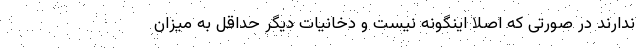
ندارند در صورتی که اصلا اینگونه نیست و دخانیات دیگر حداقل به میزان